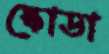
স্কোডা